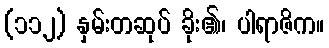
(၁၁၂) နှမ်းတဆုပ် ခိုး၏၊ ပါရာဇိက။